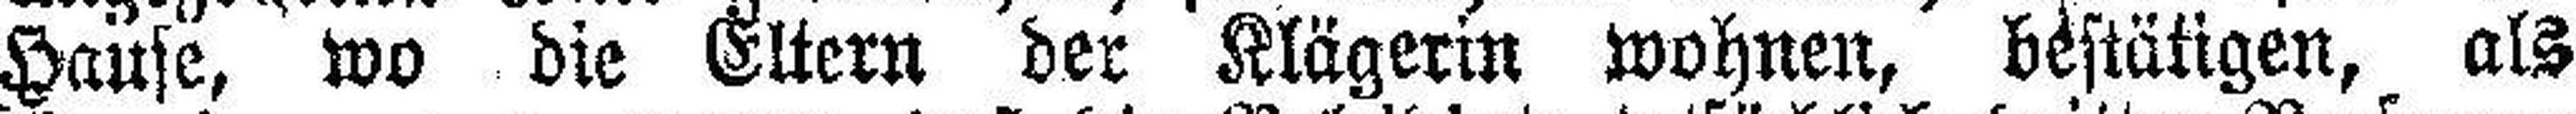
Hause, wo die Eltern der Klägerin wohnen, bestätigen, als